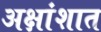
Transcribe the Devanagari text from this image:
अक्षांशात